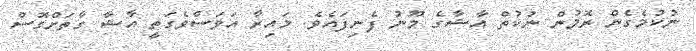
ނުކުމެގެން ރޮމުން ނުކުތް އާޝާގެ މޫނު ފެނިފައެވެ. މައިރާ އަވަސްވެގަތީ އާޝާ ގާތަށްގޮސް